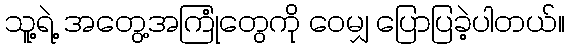
သူ့ရဲ့ အတွေ့အကြုံတွေကို ဝေမျှ ပြောပြခဲ့ပါတယ်။